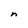
Character: n